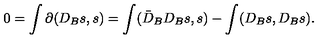
0 = \int \partial ( D _ { B } s , s ) = \int ( \bar { D } _ { B } D _ { B } s , s ) - \int ( D _ { B } s , D _ { B } s ) .